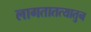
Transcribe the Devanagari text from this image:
लागतातत्यातुन